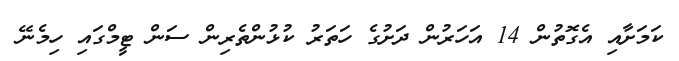
ކަމަށާއި އެގޮތުން 14 އަހަރުން ދަށުގެ ހަތަރު ކުޅުންތެރިން ސަން ޓީމްގައި ހިމެނޭ